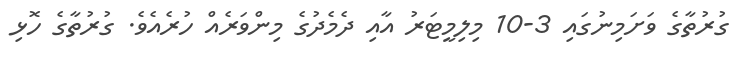
ގުރުތާގެ ވަށަމިނުގައި 3-10 މިލިމީޓަރު އާއި ދެމެދުގެ މިންވަރެއް ހުރެއެވެ. ގުރުތާގެ ހޮޅި